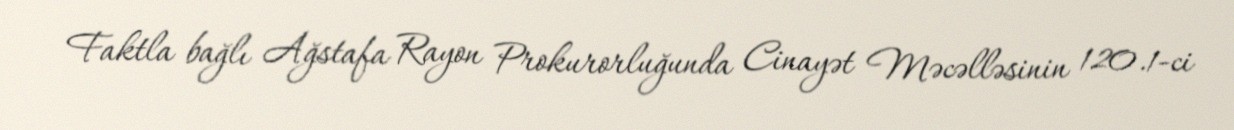
Faktla bağlı Ağstafa Rayon Prokurorluğunda Cinayət Məcəlləsinin 120.1-ci